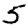
Digit: 5